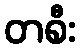
တစီး